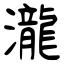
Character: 瀧